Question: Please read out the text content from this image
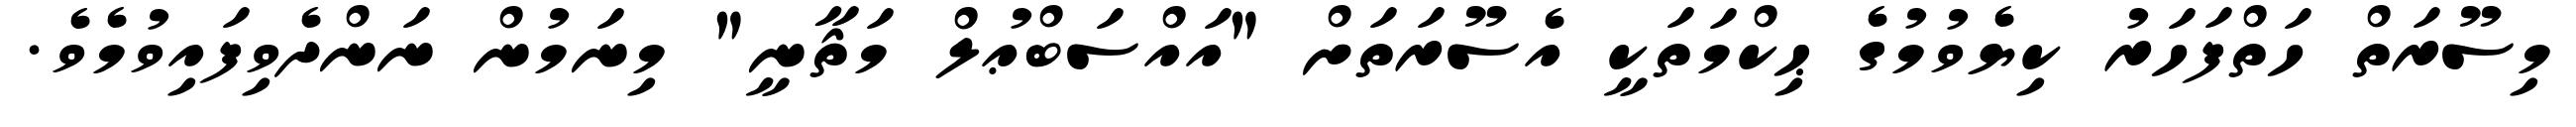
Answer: މިސޫރަތް ހަތްފަހަރު ކިޔެވުމުގެ ޙިކްމަތަކީ އެސޫރަތަށް "އައްސަބްޢުލް މަޘާނީ" މިނަމުން ނަންދެވިފައިވުމެވެ.